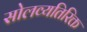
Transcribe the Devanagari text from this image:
सोलव्यतिरिक्त